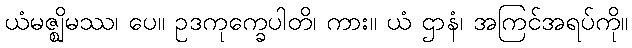
ယံမဇ္ဈိမဿ၊ ပေ။ ဥဒကုက္ခေပါတိ၊ ကား။ ယံ ဌာနံ၊ အကြင်အရပ်ကို။